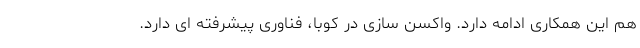
هم این همکاری ادامه دارد. واکسن سازی در کوبا، فناوری پیشرفته ای دارد.